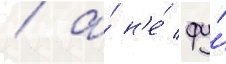
/ а́ н'е́ фу́